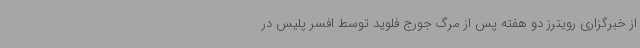
از خبرگزاری رویترز دو هفته پس از مرگ جورج فلوید توسط افسر پلیس در